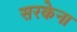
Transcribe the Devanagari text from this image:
सरकेना